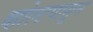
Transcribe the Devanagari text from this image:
व्होल्टपासून